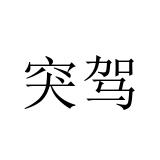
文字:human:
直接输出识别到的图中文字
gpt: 突驾